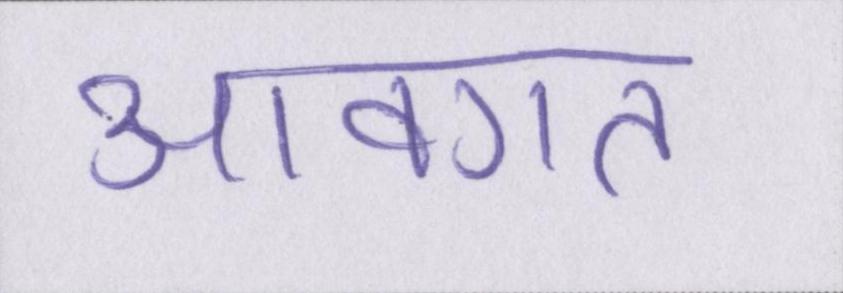
आवगत